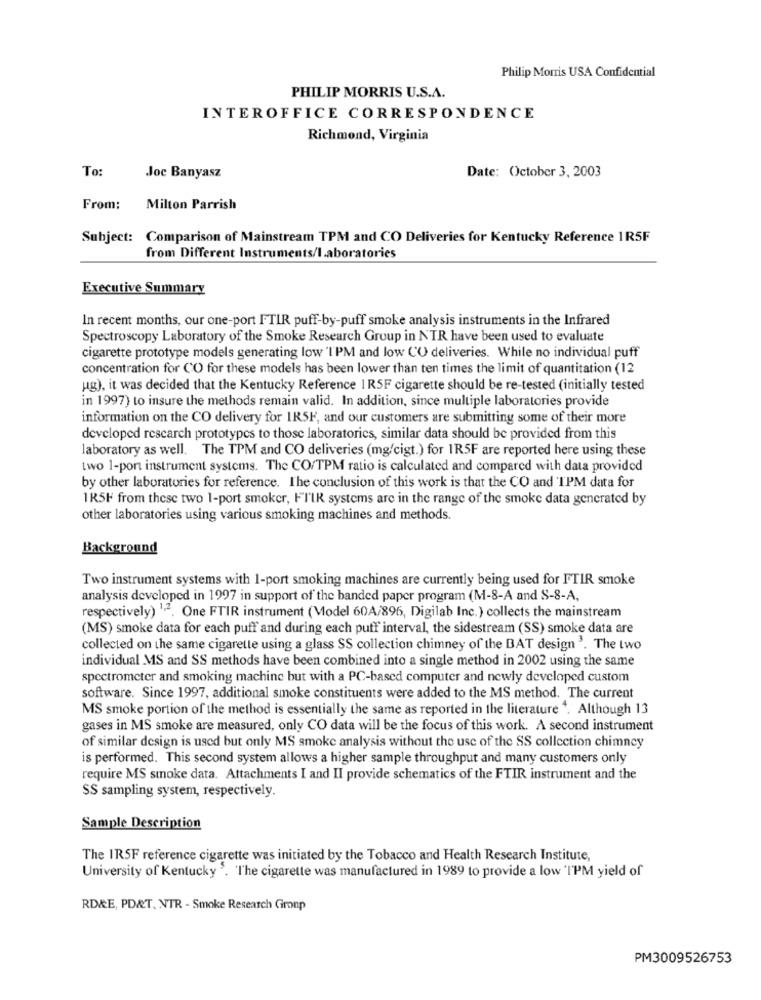
Philip Morris USA Confidential
PHILIP MORRIS U.S.A.
INTEROFFICE CORRESPONDENCE
Richmond, Virginia
To:
Date: October 3, 2003
Joc Banyasz
From:
Milton Parrish
Subject: Comparison of Mainstream TPM and CO Deliveries for Kentucky Reference 1R5F
from Different Instruments/laboratories
Executive Summary
In recent months, our one-port FTIR puff-by-puff smoke analysis instruments in the Infrared
Spectroscopy Laboratory of the Smoke Research Group in NTR have been used to evaluate
cigarette prototype models generating low 'I'PM and low CO deliveries. While no individual puff
concentration for CO for these models has been lower than ten times the limit of quantitation (12
ug), it was decided that the Kentucky Reference 1R5F cigarette should be re-tested (initially tested
in 1997) to insure the methods remain valid. In addition, since multiple laboratories provide
information on the CO delivery for IRSE, and our customers are submitting some of their more
developed rescarch prototypes to those laboratories, similar data should be provided from this
laboratory as well. The TPM and CO deliveries (mg/cigt.) for 1R5F are reported here using these
two 1-port instrument systems. The CO/TPM ratio is calculated and compared with data provided
by other laboratories for reference. The conclusion of this work is that the CO and TPM data for
1R5F from these two 1-port smoker, FIIR systems are in the range of the smoke data generated by
other laboratories using various smoking machines and methods.
Background
Two instrument systems with 1-port smoking machines are currently being used for FTIR smoke
analysis developed in 1997 in support of the banded paper program (M-8-A and S-8-A,
respectively) "2. One FTIR instrument (Model 60A/896, Digilab Inc.) collects the mainstream
(MS) smoke data for each puff and during each puff interval, the sidestream (SS) smoke data are
collected on the same cigarette using a glass SS collection chimney of the BAT design '. The two
individual MS and SS methods have been combined into a single method in 2002 using the same
spectrometer and smoking machine but with a PC-based computer and newly developed custom
software. Since 1997, additional smoke constituents were added to the MS method. The current
MS smoke portion of the method is essentially the same as reported in the literature ". Although 13
gases in MS smoke are measured, only CO data will be the focus of this work. A second instrument
of similar design is used but only MS smoke analysis without the use of the SS collection chimney
is performed. This second system allows a higher sample throughput and many customers only
require MS smoke data. Attachments I and II provide schematics of the FTIR instrument and the
SS sampling system, respectively.
Sample Description
The IRSF reference cigarette was initiated by the Tobacco and Health Research Institute,
University of Kentucky '. The cigarette was manufactured in 1989 to provide a low 'I'PM yield of
RD&E, PD&T. NTR - Smoke Research Group
PM3009526753